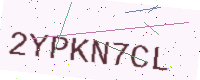
Text: 2YPKN7CL